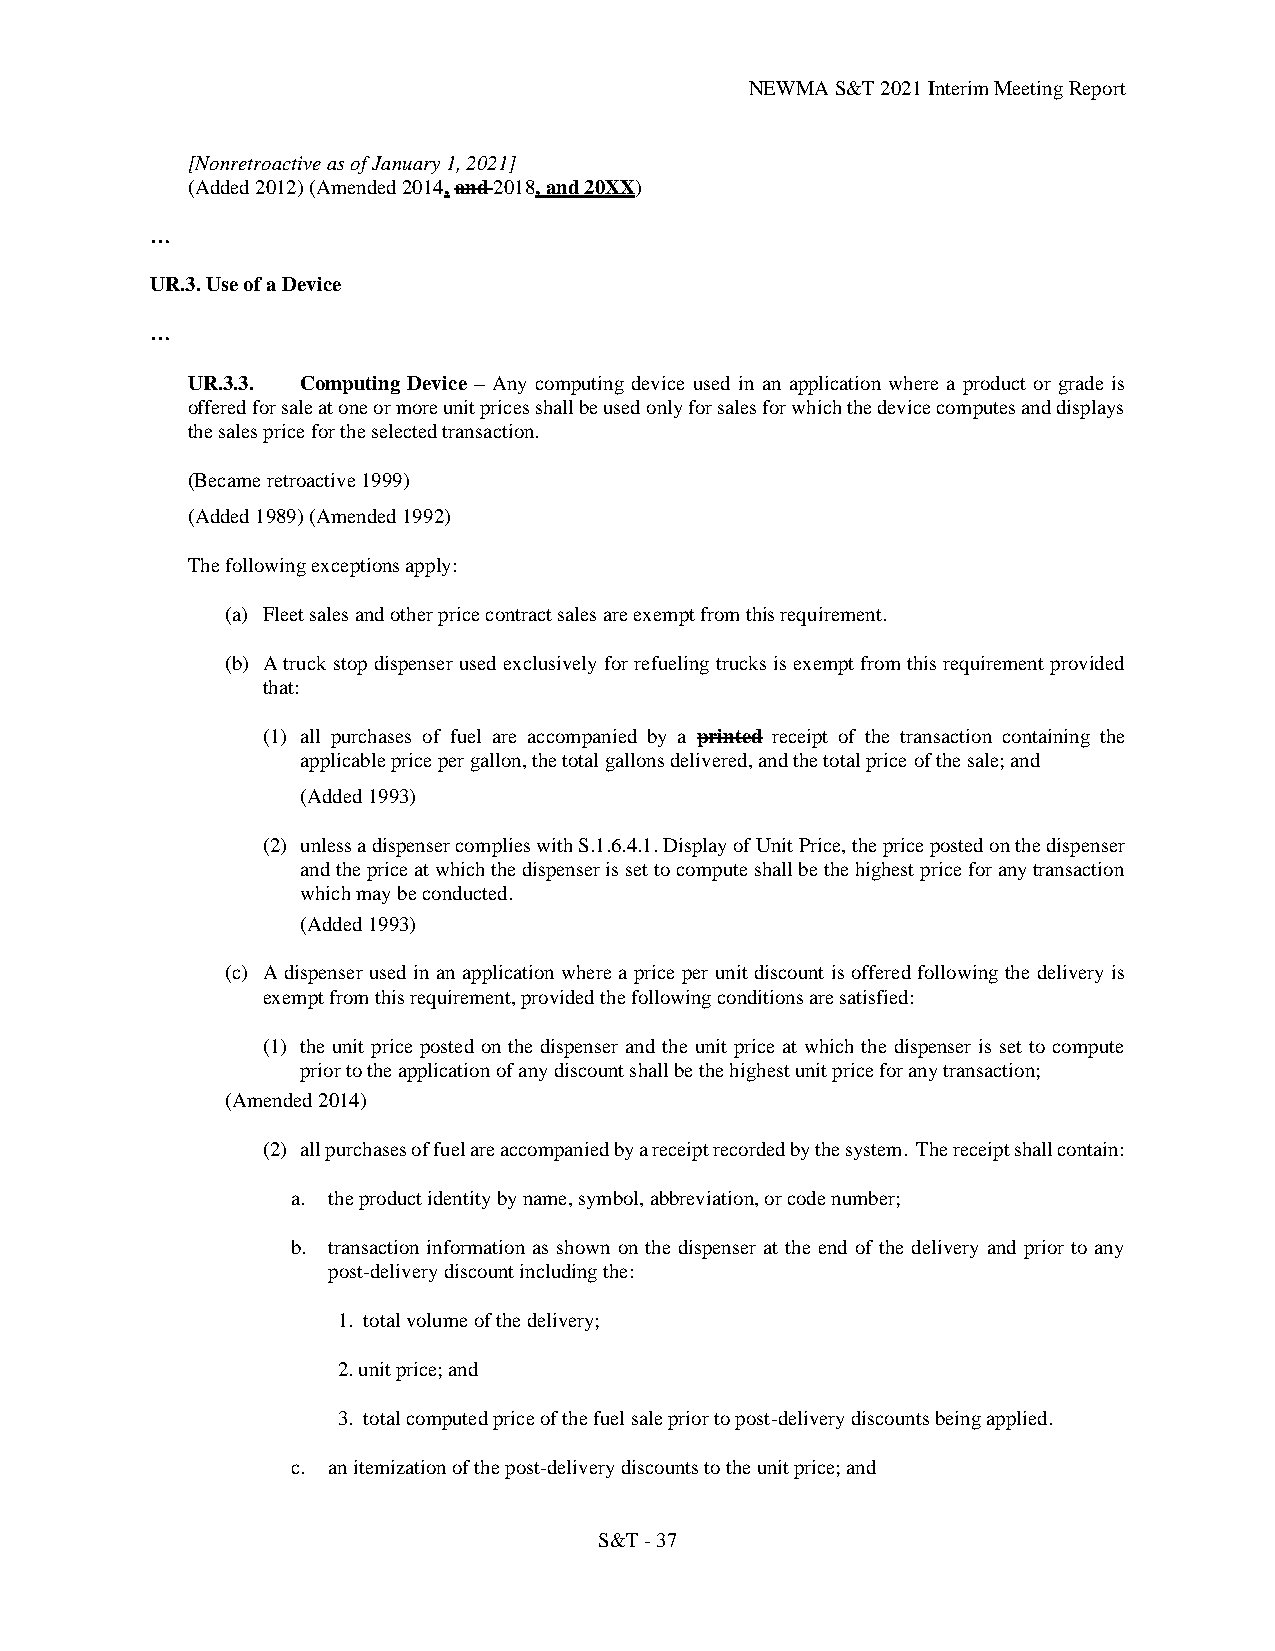
NEWMA S&T 2021 Interim Meeting Report
 [Nonretroactive as of January 1, 2021]
 (Added 2012) (Amended 2014, and 2018, and 20XX)
 …
 UR.3. Use of a Device
 …
 UR.3.3. Computing Device – Any computing device used in an application where a product or grade is
 offered for sale at one or more unit prices shall be used only for sales for which the device computes and displays
 the sales price for the selected transaction.
 (Became retroactive 1999)
 (Added 1989) (Amended 1992)
 The following exceptions apply:
 (a) Fleet sales and other price contract sales are exempt from this requirement.
 (b) A truck stop dispenser used exclusively for refueling trucks is exempt from this requirement provided
 that:
 (1) all purchases of fuel are accompanied by a printed receipt of the transaction containing the
 applicable price per gallon, the total gallons delivered, and the total price of the sale; and
 (Added 1993)
 (2) unless a dispenser complies with S.1.6.4.1. Display of Unit Price, the price posted on the dispenser
 and the price at which the dispenser is set to compute shall be the highest price for any transaction
 which may be conducted.
 (Added 1993)
 (c) A dispenser used in an application where a price per unit discount is offered following the delivery is
 exempt from this requirement, provided the following conditions are satisfied:
 (1) the unit price posted on the dispenser and the unit price at which the dispenser is set to compute
 prior to the application of any discount shall be the highest unit price for any transaction;
 (Amended 2014)
 (2) all purchases of fuel are accompanied by a receipt recorded by the system. The receipt shall contain:
 a. the product identity by name, symbol, abbreviation, or code number;
 b. transaction information as shown on the dispenser at the end of the delivery and prior to any
 post-delivery discount including the:
 1. total volume of the delivery;
 2. unit price; and
 3. total computed price of the fuel sale prior to post-delivery discounts being applied.
 c. an itemization of the post-delivery discounts to the unit price; and
 S&T - 37